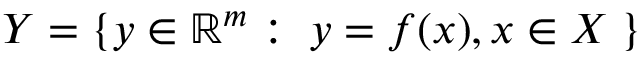
Y = \{ y \in \mathbb { R } ^ { m } : \; y = f ( x ) , x \in X \; \}